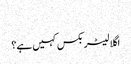
‬
‫اگلا لیٹر بکس کہیں ہے؟